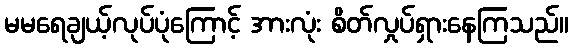
မမရေချယ့်လုပ်ပုံကြောင့် အားလုံး စိတ်လှုပ်ရှားနေကြသည်။